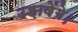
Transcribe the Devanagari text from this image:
उड़ावेंगे।